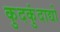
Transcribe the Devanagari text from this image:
कुदकुंदाद्यो